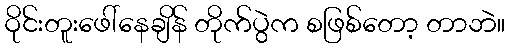
ဝိုင်းတူးဖေါ်နေချိန် တိုက်ပွဲက စဖြစ်တော့ တာဘဲ။